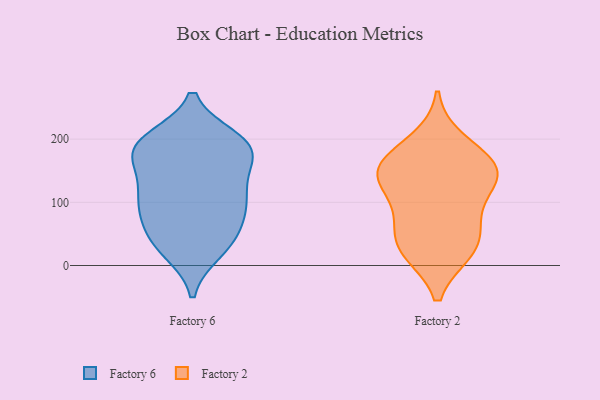
{"axis": {"x": "Production Output", "y": "Value"}, "legend": ["Factory 2", "Factory 6"], "data": [{"x": "", "y": 181, "type": "Factory 6"}, {"x": "", "y": 158, "type": "Factory 6"}, {"x": "", "y": 52, "type": "Factory 6"}, {"x": "", "y": 188, "type": "Factory 6"}, {"x": "", "y": 61, "type": "Factory 6"}, {"x": "", "y": 116, "type": "Factory 6"}, {"x": "", "y": 98, "type": "Factory 6"}, {"x": "", "y": 38, "type": "Factory 6"}, {"x": "", "y": 94, "type": "Factory 6"}, {"x": "", "y": 189, "type": "Factory 6"}, {"x": "", "y": 200, "type": "Factory 6"}, {"x": "", "y": 135, "type": "Factory 6"}, {"x": "", "y": 199, "type": "Factory 6"}, {"x": "", "y": 92, "type": "Factory 6"}, {"x": "", "y": 23, "type": "Factory 6"}, {"x": "", "y": 108, "type": "Factory 6"}, {"x": "", "y": 190, "type": "Factory 6"}, {"x": "", "y": 27, "type": "Factory 6"}, {"x": "", "y": 170, "type": "Factory 6"}, {"x": "", "y": 146, "type": "Factory 2"}, {"x": "", "y": 197, "type": "Factory 2"}, {"x": "", "y": 149, "type": "Factory 2"}, {"x": "", "y": 116, "type": "Factory 2"}, {"x": "", "y": 23, "type": "Factory 2"}, {"x": "", "y": 147, "type": "Factory 2"}, {"x": "", "y": 81, "type": "Factory 2"}, {"x": "", "y": 31, "type": "Factory 2"}, {"x": "", "y": 64, "type": "Factory 2"}, {"x": "", "y": 166, "type": "Factory 2"}, {"x": "", "y": 149, "type": "Factory 2"}, {"x": "", "y": 24, "type": "Factory 2"}]}